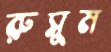
রুসুম